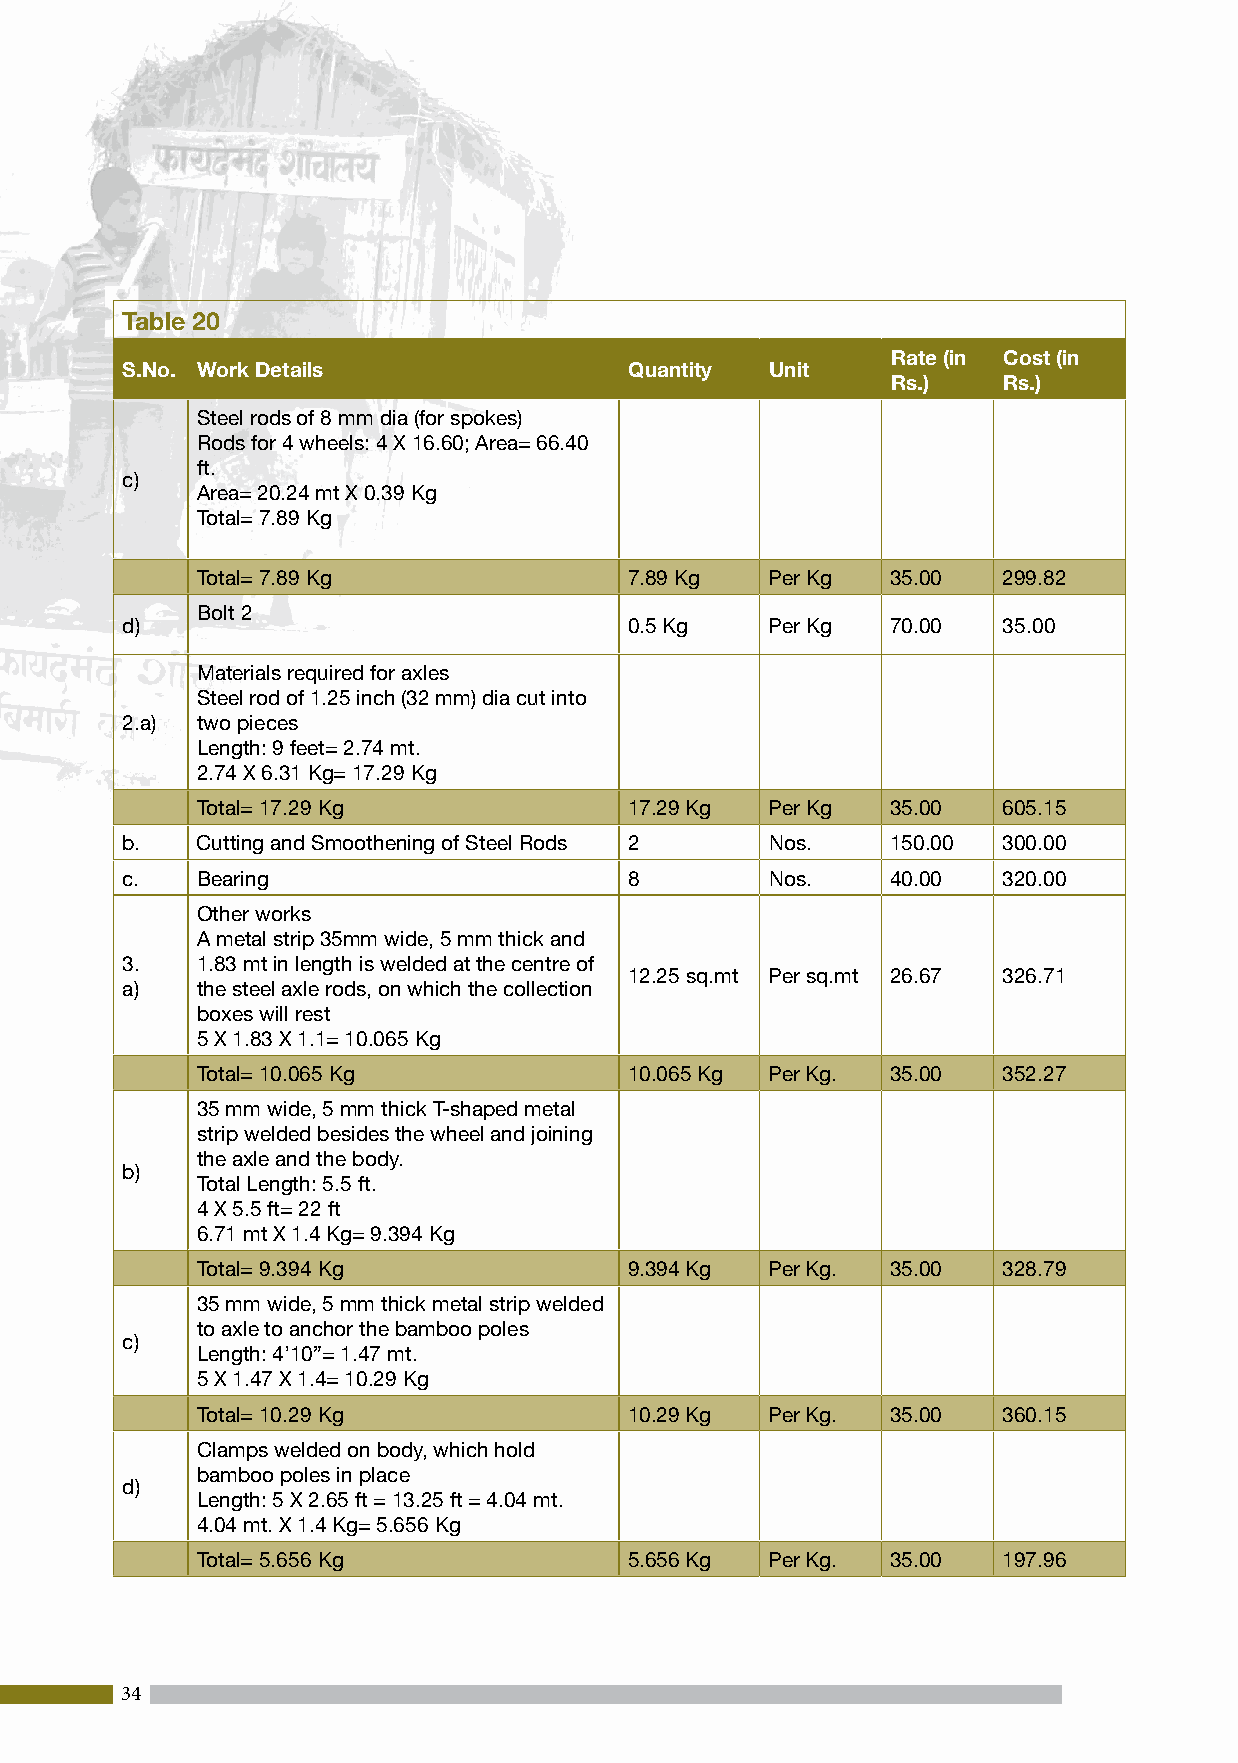
Table 20
 Rate (in Cost (in
 S.No. Work Details                Quantity Unit
 Rs.)   Rs.)
 Steel rods of 8 mm dia (for spokes)
 Rods for 4 wheels: 4 X 16.60; Area= 66.40
 ft.
 c)
 Area= 20.24 mt X 0.39 Kg
 Total= 7.89 Kg
 Total= 7.89 Kg               7.89 Kg  Per Kg  35.00  299.82
 Bolt 2
 d)                                0.5 Kg   Per Kg  70.00  35.00
 Materials required for axles
 Steel rod of 1.25 inch (32 mm) dia cut into
 2.a) two pieces
 Length: 9 feet= 2.74 mt.
 2.74 X 6.31 Kg= 17.29 Kg
 Total= 17.29 Kg              17.29 Kg Per Kg  35.00  605.15
 b.   Cutting and Smoothening of Steel Rods 2 Nos.  150.00 300.00
 c.   Bearing                      8        Nos.    40.00  320.00
 Other works
 A metal strip 35mm wide, 5 mm thick and
 3.   1.83 mt in length is welded at the centre of
 12.25 sq.mt Per sq.mt 26.67 326.71
 a)   the steel axle rods, on which the collection
 boxes will rest
 5 X 1.83 X 1.1= 10.065 Kg
 Total= 10.065 Kg             10.065 Kg Per Kg. 35.00 352.27
 35 mm wide, 5 mm thick T-shaped metal
 strip welded besides the wheel and joining
 the axle and the body.
 b)
 Total Length: 5.5 ft.
 4 X 5.5 ft= 22 ft
 6.71 mt X 1.4 Kg= 9.394 Kg
 Total= 9.394 Kg              9.394 Kg Per Kg. 35.00  328.79
 35 mm wide, 5 mm thick metal strip welded
 to axle to anchor the bamboo poles
 c)
 Length: 4’10”= 1.47 mt.
 5 X 1.47 X 1.4= 10.29 Kg
 Total= 10.29 Kg              10.29 Kg Per Kg. 35.00  360.15
 Clamps welded on body, which hold
 bamboo poles in place
 d)
 Length: 5 X 2.65 ft = 13.25 ft = 4.04 mt.
 4.04 mt. X 1.4 Kg= 5.656 Kg
 Total= 5.656 Kg              5.656 Kg Per Kg. 35.00  197.96
 34